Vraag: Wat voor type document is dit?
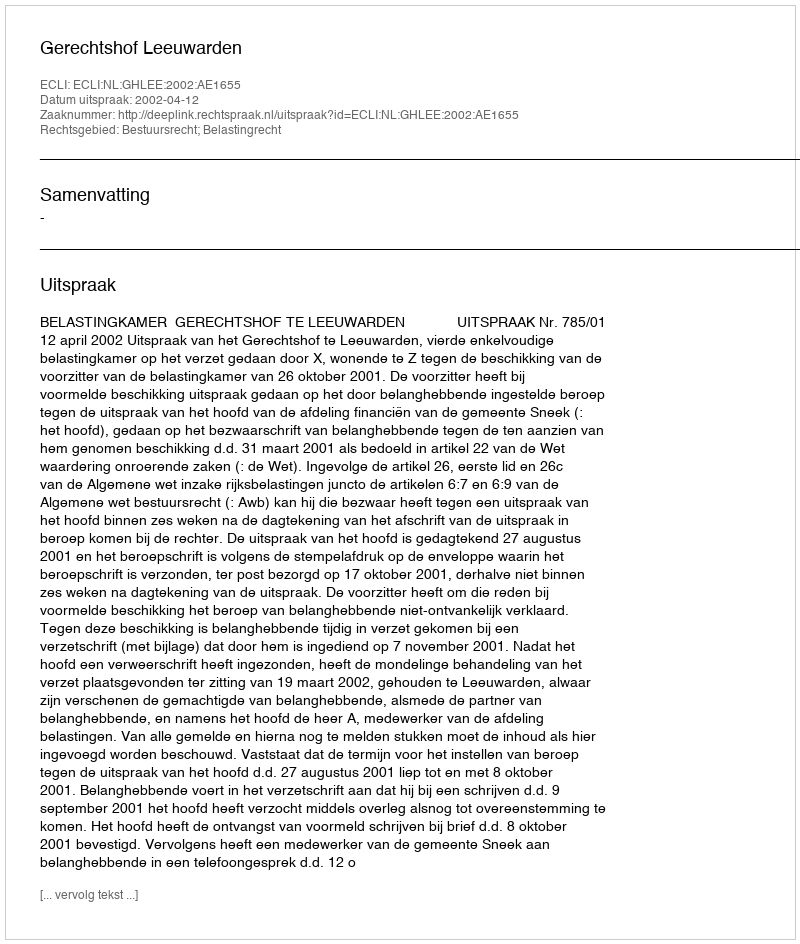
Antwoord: Uitspraak